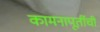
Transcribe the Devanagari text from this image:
कामनापूर्तीची